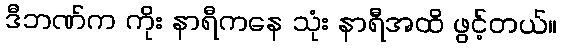
ဒီဘဏ်က ကိုး နာရီကနေ သုံး နာရီအထိ ဖွင့်တယ်။